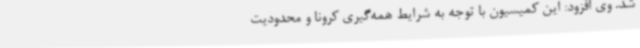
شد. وی افزود: این کمیسیون با توجه به شرایط همه‌گیری کرونا و محدودیت